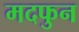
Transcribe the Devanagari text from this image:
मदफुन